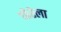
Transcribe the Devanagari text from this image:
घोरेला